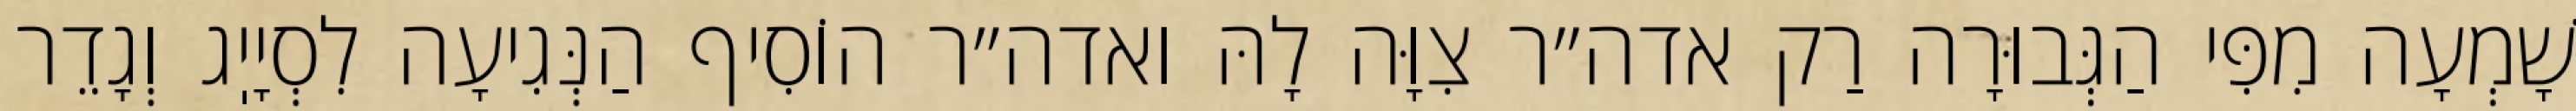
שָׁמְעָה מִפִּי הַגְּבוּרָה רַק אדה״ר צִוָּה לָהּ ואדה״ר הוֹסִיף הַנְּגִיעָה לִסְיָיֽג וְגָדֵר